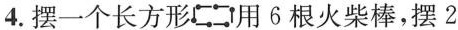
4.摆一个长方形用6根火柴棒，摆2